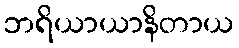
ဘရိယာယာနိတာယ